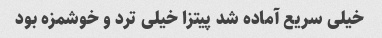
خیلی سریع آماده شد پیتزا خیلی ترد و خوشمزه بود